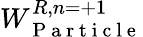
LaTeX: W_{\mathrm{~P~a~r~t~i~c~l~e~}}^{R,n=+1}